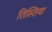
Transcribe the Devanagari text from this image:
तिस्तिया